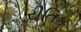
રીતિક